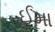
ઈમા